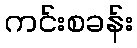
ကင်းစခန်း